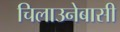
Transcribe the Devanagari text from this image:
चिलाउनेबासी